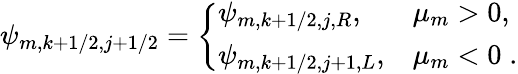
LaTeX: \psi_{m,k+1/2,j+1/2}=\left\{ \begin{array}{ll}{\psi_{m,k+1/2,j,R},}&{\mu_{m}>0,}\\ {\psi_{m,k+1/2,j+1,L},}&{\mu_{m}<0\; .}\end{array}\right.